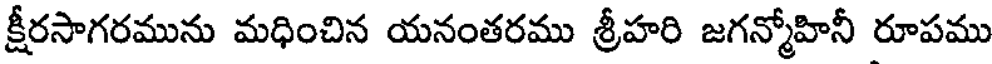
క్షీరసాగరమును మధించిన యనంతరము శ్రీహరి జగన్మోహినీ రూపము